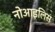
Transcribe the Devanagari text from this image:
नोआइलिस